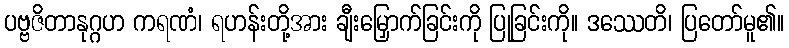
ပဗ္ဗဇိတာနုဂ္ဂဟ ကရဏံ၊ ရဟန်းတို့အား ချီးမြှောက်ခြင်းကို ပြုခြင်းကို။ ဒဿေတိ၊ ပြတော်မူ၏။